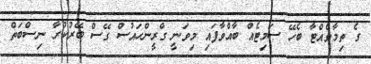
ގެ ތިމާވެއްޓާ ބެހޭ ސަމިޓެއް ބާއްވާފައި މިވަނީ ގްރީންހައުސް ގޭސް ބޭރުކުރާ ނިސްބަތް